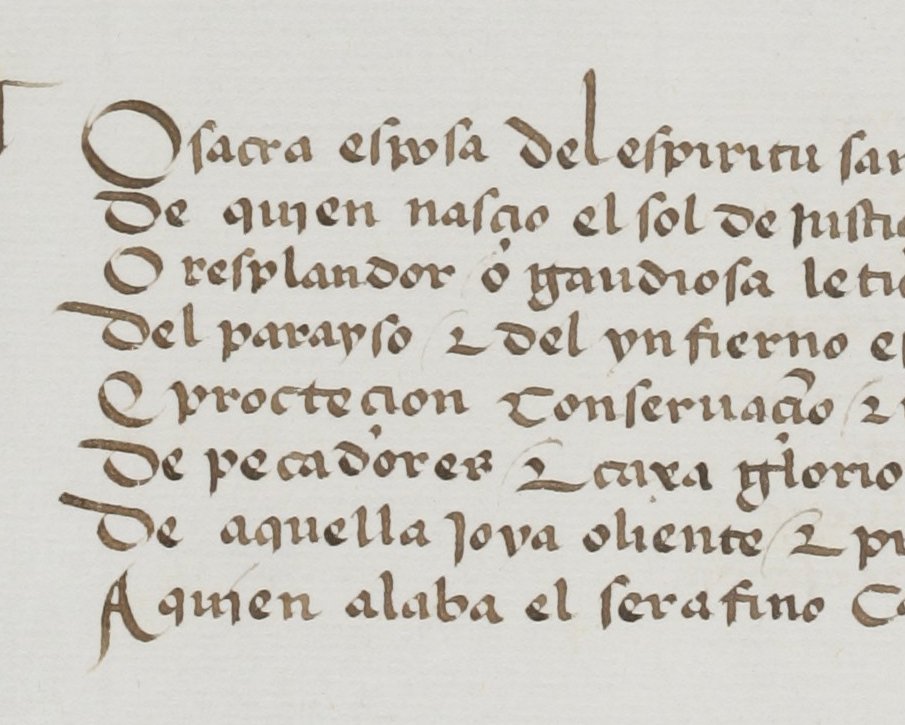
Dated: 1455–1485